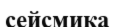
сейсмика